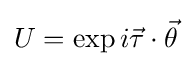
U=\exp i{\vec {\tau }}\cdot {\vec {\theta }}